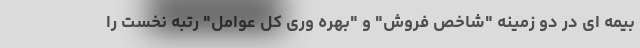
بیمه ای در دو زمینه "شاخص فروش" و "بهره وری کل عوامل" رتبه نخست را